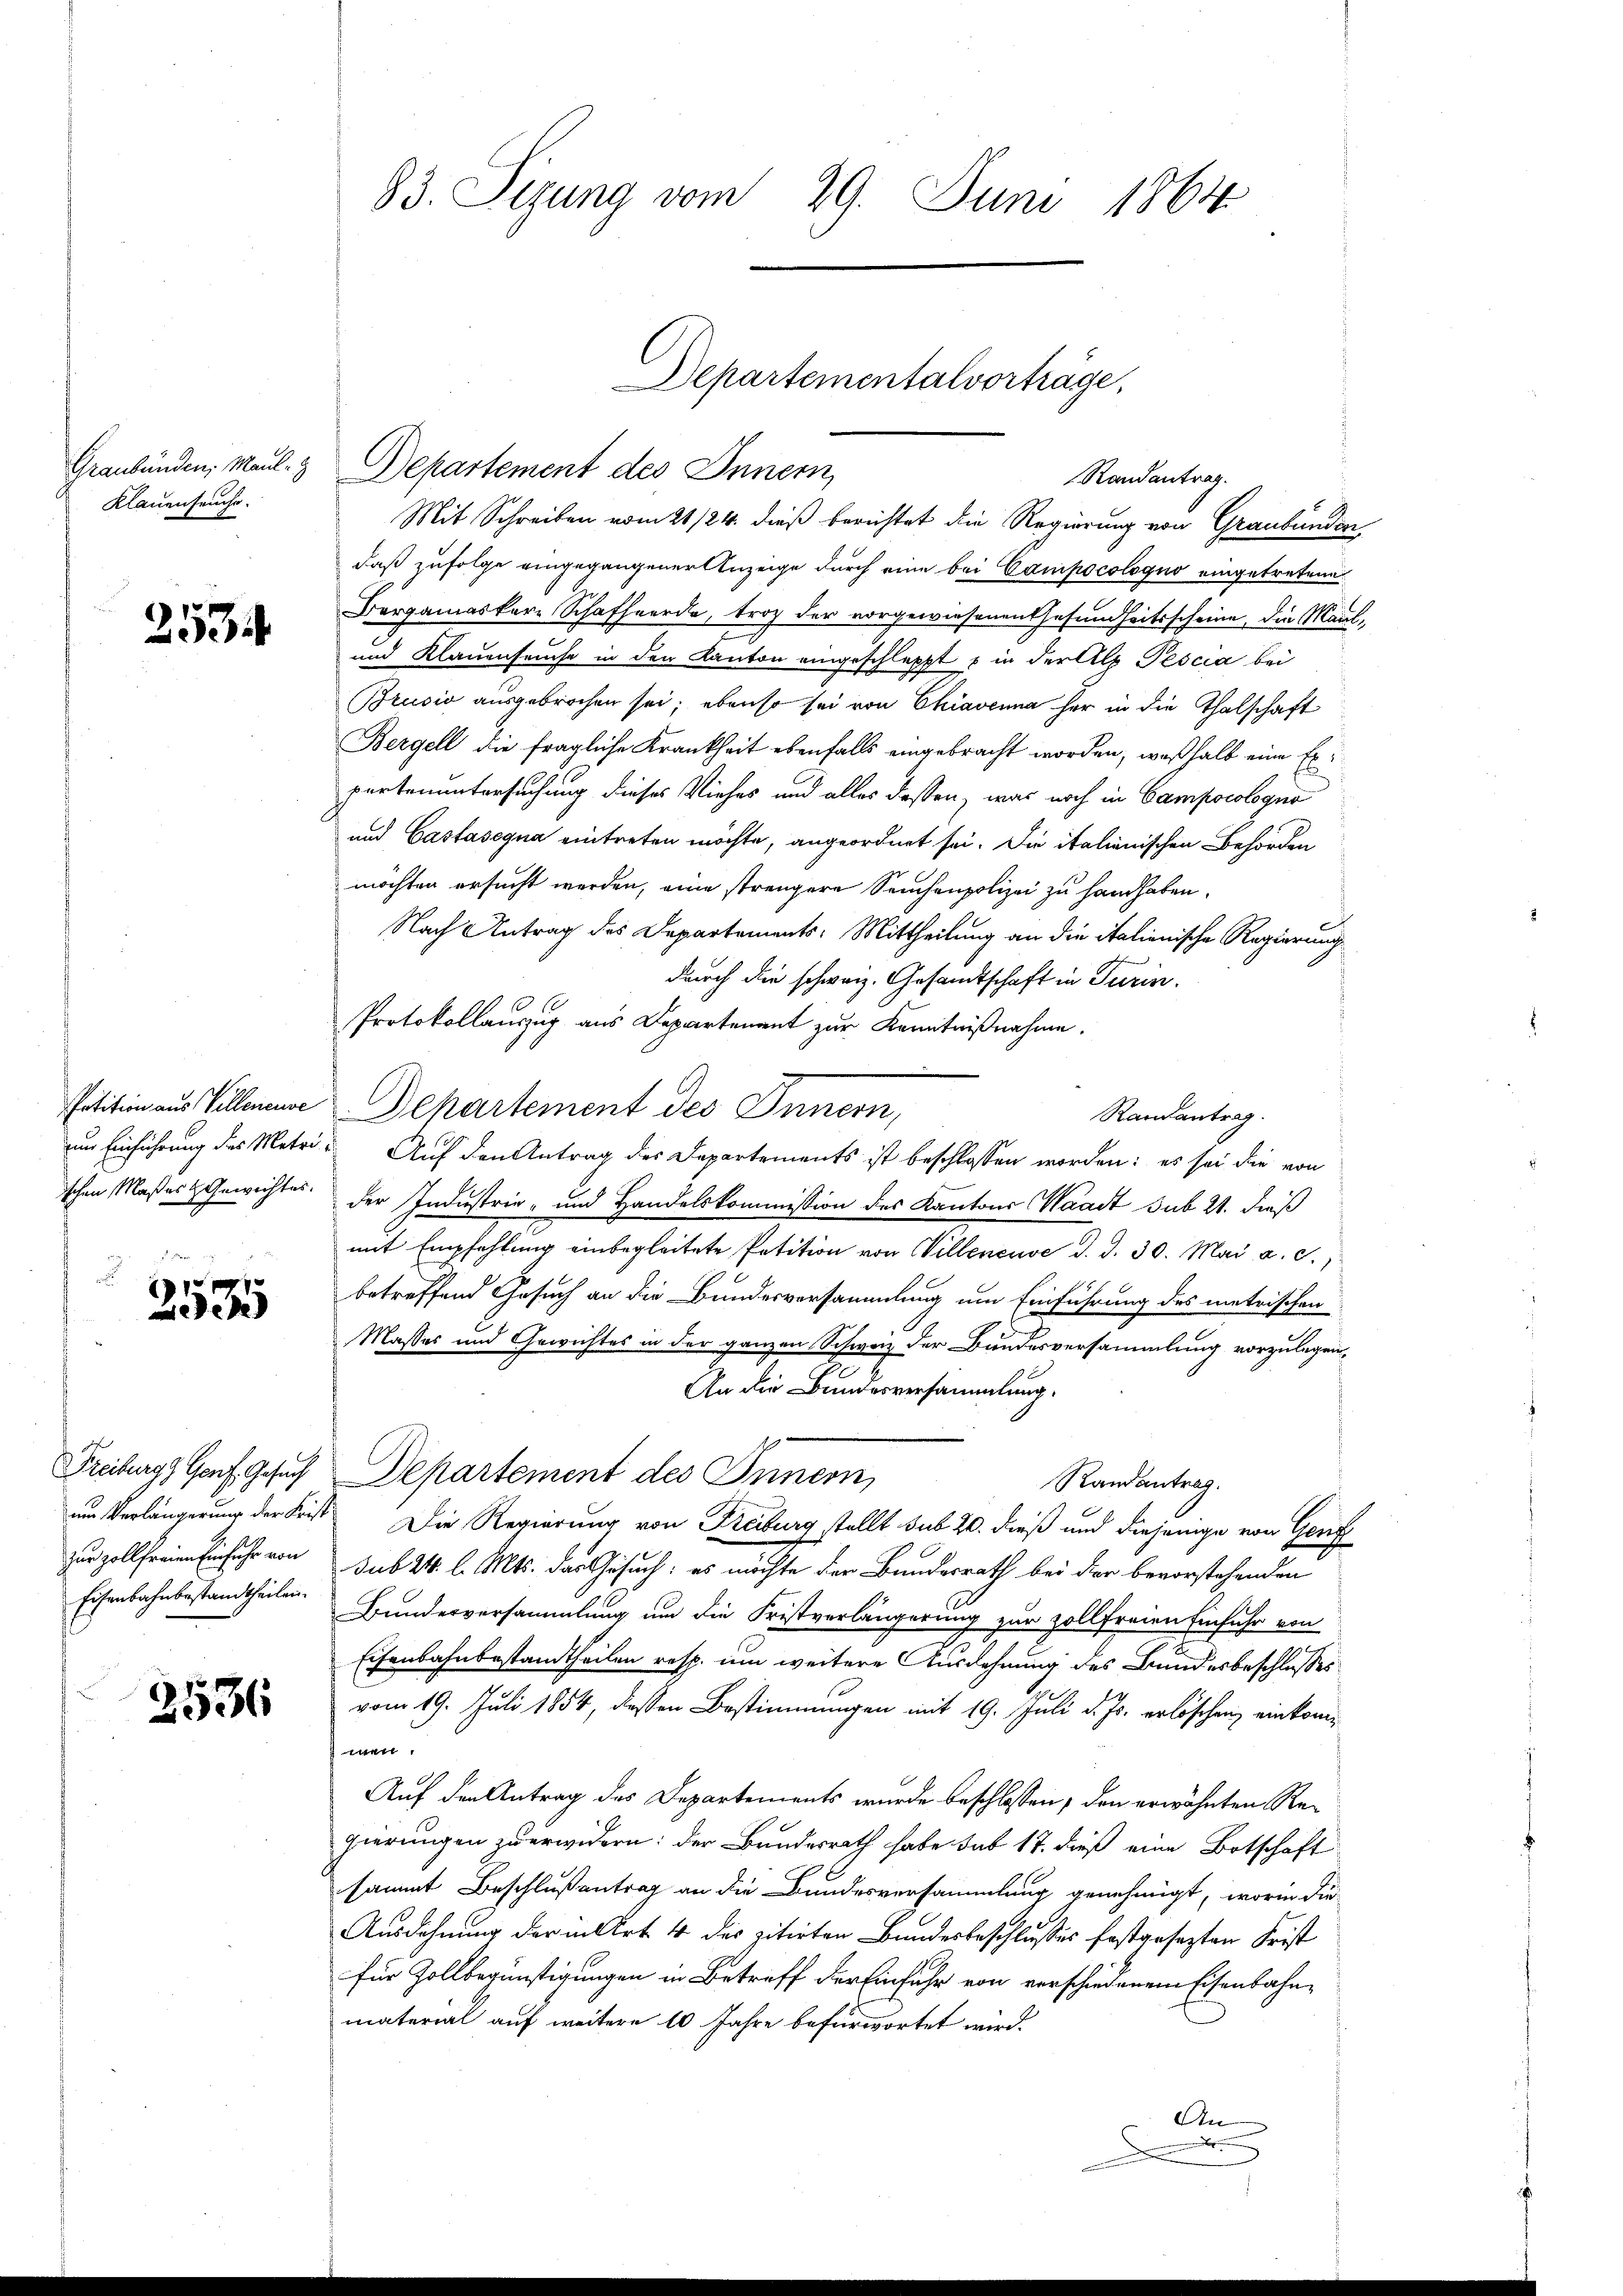
Klauenseuche.

2534

253

Eisenbahnbestandtheilen.

2536

83. Sizung vom 29. Juni 1864

Mit Schreiben vom 21/24. dieß berichtet die Regierung von Graubünden
daß zufolge eingegangener Anzeige durch eine bei Campocologno eingetretene
Bergamaskere Schafherde, troz der vorgewiesenen Gesundheitsscheine, die Maul¬
und Klauenseuche in den Kanton eingeschleppt s in der Alp Pescia bei
Brusić ausgebrochen sei; ebenso sei von Chiavenna her in die Thalschaft
Bergell die fragliche Krankheit ebenfalls eingebracht worden, weßhalb eine Expartenuntersuchung dieses Viehes und alles dessen, was noch in Campocologno
und Castasegna eintreten möchte, angeordnet sei. Die italienischen Behörden
möchten ersucht werden, eine strengere Seuchenpolizei zu handhaben.
Nach Antrag des Departements: Mittheilung an die italienische Regierung
durch die schweiz. Gesandtschaft in Turin.
Protokollauszug aus Departement zur Kenntnißnahme.
Potition aus Villenere Departement des Innern,
Randantrag.
um Einführung des Metri Auf den Antrag des Departements ist beschlossen worden: es sei die von
schen Maßes & Gewichtes. Der Industrie- und Handelskommission des Kantons Waadt sub 21. dieß
mit Empfehlung einbegleitete Petition von Villeneuve d. d. 30. Mai a. c.,
betreffend Gesuch an die Bundesversammlung um Einführung des metrischen
Masses und Gewichtes in der ganzen Schweiz der Bundesversammlung vorzulegen,
An die Bundesversammlung.
Freiburgs Genf. Gesuch Departement des Innern,
Randantrag.
um Verlängerung der Frist Die Regierung von Freiburg stellt sub 20. dieß und diejenige von Genf
zur Zollfreie Einfuhr von sub 24 l. Mts. das Gesuch: es möchte der Bundesrath bei der bevorstehenden
Bundesversammlung um die Fristverlängerung zur Zollfreien Einfuhr von
Eisenbahnbestandtheilen resp. um weitere Ausdehnung des Bundesbeschlusses
vom 19. Juli 1854, diesen Bestimmungen mit 19. Juli d. Js. erlöschen einkom¬

Auf den Antrag des Departements wurde beschlossen, den erwähnten Regierungen zu erwidern: der Bundesrath habe sub 17. dieß eine Botschaft
sammt Beschlußantrag an die Bundesversammlung genehmigt, worin die
Ausdehnung der in Art 4 des zitirten Bundesbeschlusses festgesezten Frist
für Zollbegünstigungen in Betreff der Einfuhr von verschiedenem Eisenbahn-
material auf weitere 10 Jahre befürwortet wird.
An

Graubünden, Maul- & Departement des Innern,

Departementalvorträge.
Randantrag.